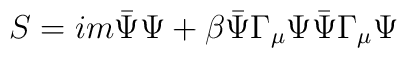
S = im\bar{\Psi}\Psi + \beta\bar{\Psi}\Gamma_\mu\Psi     \bar{\Psi}\Gamma_\mu\Psi